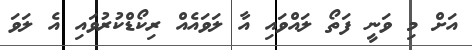
އަށް މި ވަނީ ފަތޯ ލައްވައި އާ ލަވައެއް ރިކޯޑްކުރުވައި އެ ލަވަ